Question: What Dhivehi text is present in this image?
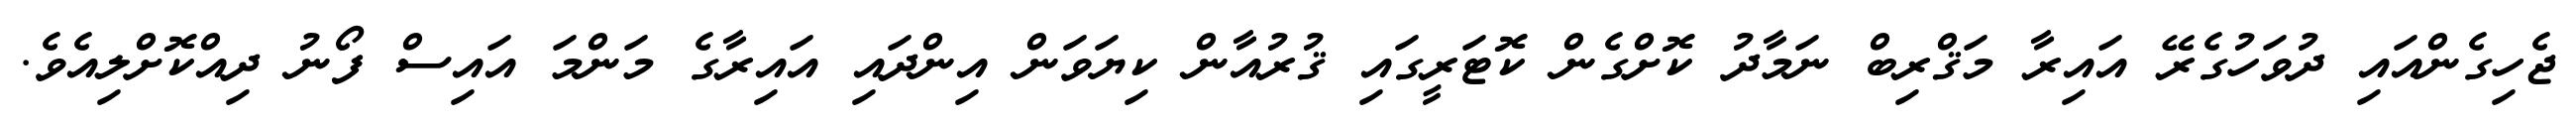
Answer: ޖެހިގެންއައި ދުވަހުގެރޭ އައިރާ މަޤްރިބް ނަމާދު ކޮށްގެން ކޮޓަރީގައި ޤުރުއާން ކިޔަވަން އިންދައި އައިރާގެ މަންމަ އައިސް ފޯނު ދިއްކޮށްލިއެވެ.